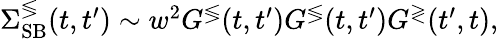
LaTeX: \begin{array}{r}{\Sigma_{\mathrm{SB}}^{\lessgtr}(t,t^{\prime})\sim w^{2}G^{\lessgtr}(t,t^{\prime})G^{\lessgtr}(t,t^{\prime})G^{\gtrless}(t^{\prime},t),}\end{array}